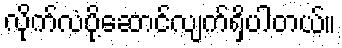
လိုက်လံပို့ဆောင်လျက်ရှိပါတယ်။